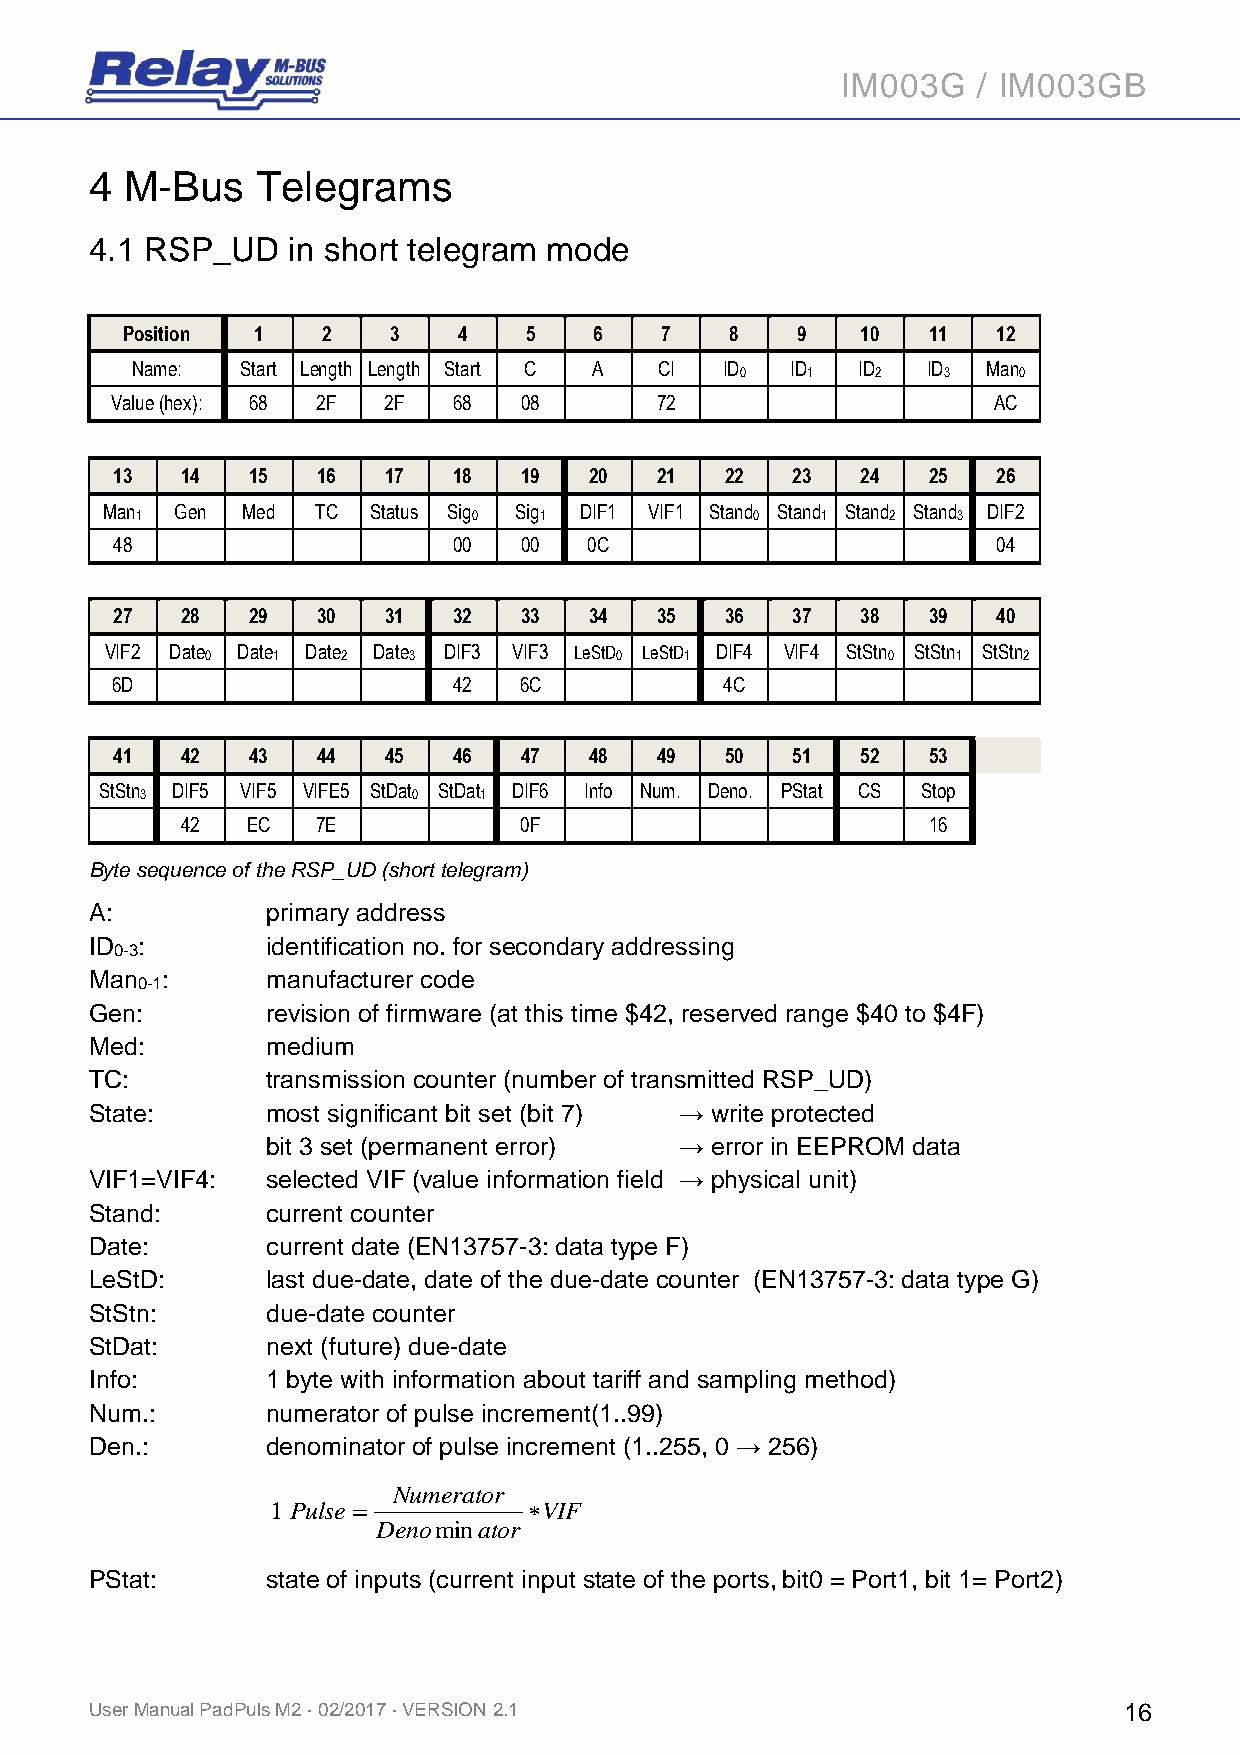
IM003G   / IM003GB
 4 M-Bus    Telegrams
 4.1 RSP_UD   in short telegram mode
 Position 1   2    3   4    5   6    7   8    9   10  11   12
 Name:  Start Length Length Start C A CI ID ID   ID  ID  Man
 0   1    2   3    0
 Value (hex): 68 2F 2F  68  08       72                     AC
 13   14  15   16  17   18  19   20  21   22  23   24  25   26
 Man  Gen Med  TC Status Sig Sig DIF1 VIF1 Stand Stand Stand Stand DIF2
 1                     0    1             0   1    2   3
 48                     00  00   0C                         04
 27   28  29   30  31   32  33   34  35   36  37   38  39   40
 VIF2 Date 0 Date 1 Date 2 Date 3 DIF3 VIF3 LeStD0 LeStD1 DIF4 VIF4 StStn 0 StStn 1 StStn 2
 6D                     42  6C            4C
 41   42  43   44  45   46  47   48  49   50  51   52  53
 StStn
 3
 DIF5 VIF5 VIFE5 StDat
 0
 StDat
 1
 DIF6 Info Num. Deno. PStat CS Stop
 42  EC   7E           0F                         16
 Byte sequence of the RSP_UD (short telegram)
 A:          primary address
 ID :        identification no. for secondary addressing
 0-3
 Man  :      manufacturer code
 0-1
 Gen:        revision of firmware (at this time $42, reserved range $40 to $4F)
 Med:        medium
 TC:         transmission counter (number of transmitted RSP_UD)
 State:      most significant bit set (bit 7) → write protected
 bit 3 set (permanent error) → error in EEPROM data
 VIF1=VIF4:  selected VIF (value information field → physical unit)
 Stand:      current counter
 Date:       current date (EN13757-3: data type F)
 LeStD:      last due-date, date of the due-date counter (EN13757-3: data type G)
 StStn:      due-date counter
 StDat:      next (future) due-date
 Info:       1 byte with information about tariff and sampling method)
 Num.:       numerator of pulse increment(1..99)
 Den.:       denominator of pulse increment (1..255, 0 → 256)
 Numerator
 1 Pulse          VIF
 Denominator
 PStat:      state of inputs (current input state of the ports, bit0 = Port1, bit 1= Port2)
 User Manual PadPuls M2 · 02/2017 · VERSION 2.1                      16